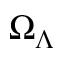
\Omega _ { \Lambda }